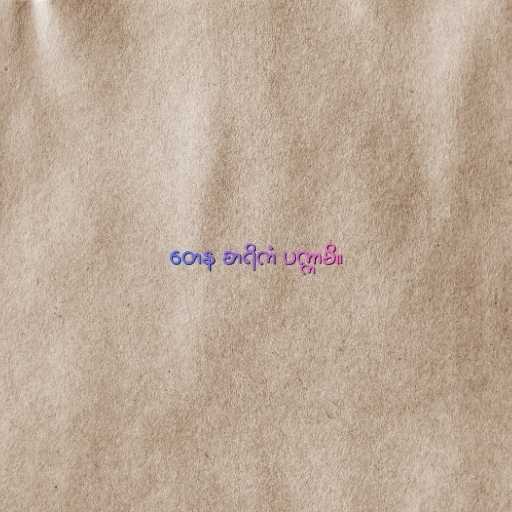
တေန စာရိကံ ပက္ကာမိ။